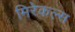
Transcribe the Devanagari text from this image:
मिरेकल्स